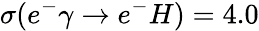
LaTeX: \sigma(e^{-}\gamma\rightarrow e^{-}H)=4.0